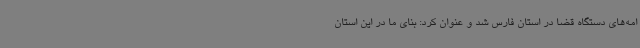
امه‌های دستگاه قضا در استان فارس شد و عنوان کرد: بنای ما در این استان